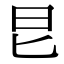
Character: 㫐